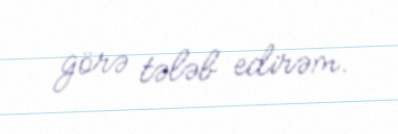
görə tələb edirəm.